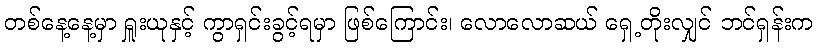
တစ်နေ့နေ့မှာ ရှူးယုနှင့် ကွာရှင်းခွင့်ရမှာ ဖြစ်ကြောင်း၊ လောလောဆယ် ရှေ့တိုးလျှင် ဘင်ရှန်းက